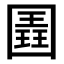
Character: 𭍱